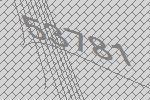
53781